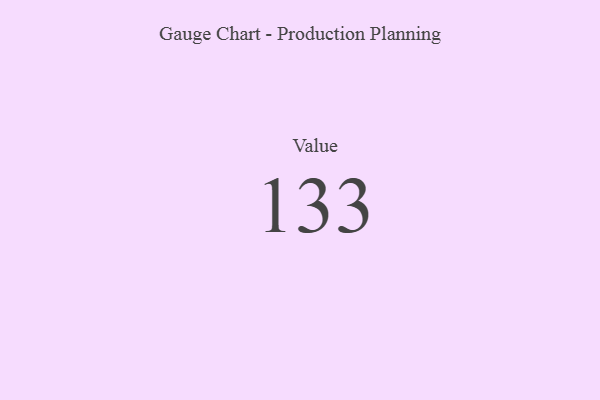
{"axis": {"x": "Metric", "y": "Value"}, "legend": [""], "data": [{"x": "Value", "y": 133, "type": ""}]}